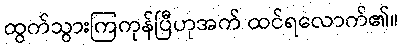
ထွက်သွားကြကုန်ပြီဟုအက် ထင်ရလောက်၏။